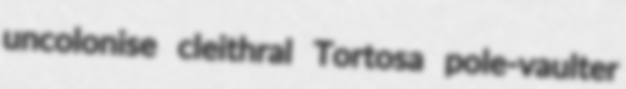
uncolonise cleithral Tortosa pole-vaulter